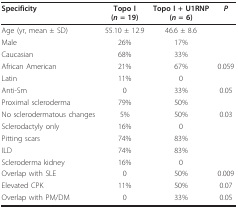
<table><thead><tr><td><b>Specificity</b></td><td><b>Topo I(<i>n </i>= 19)</b></td><td><b>Topo I + U1RNP(<i>n </i>= 6)</b></td><td><b><i>P</i></b></td></tr></thead><tbody><tr><td>Age (yr, mean ± SD)</td><td>55.10 ± 12.9</td><td>46.6 ± 8.6</td><td></td></tr><tr><td>Male</td><td>26%</td><td>17%</td><td></td></tr><tr><td>Caucasian</td><td>68%</td><td>33%</td><td></td></tr><tr><td>African American</td><td>21%</td><td>67%</td><td>0.059</td></tr><tr><td>Latin</td><td>11%</td><td>0</td><td></td></tr><tr><td>Anti-Sm</td><td>0</td><td>33%</td><td>0.05</td></tr><tr><td>Proximal scleroderma</td><td>79%</td><td>50%</td><td></td></tr><tr><td>No sclerodermatous changes</td><td>5%</td><td>50%</td><td>0.03</td></tr><tr><td>Sclerodactyly only</td><td>16%</td><td>0</td><td></td></tr><tr><td>Pitting scars</td><td>74%</td><td>83%</td><td></td></tr><tr><td>ILD</td><td>74%</td><td>83%</td><td></td></tr><tr><td>Scleroderma kidney</td><td>16%</td><td>0</td><td></td></tr><tr><td>Overlap with SLE</td><td>0</td><td>50%</td><td>0.009</td></tr><tr><td>Elevated CPK</td><td>11%</td><td>50%</td><td>0.07</td></tr><tr><td>Overlap with PM/DM</td><td>0</td><td>33%</td><td>0.05</td></tr></tbody></table>